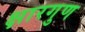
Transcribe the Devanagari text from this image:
क्षारगुण